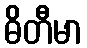
ဓိတီမာ